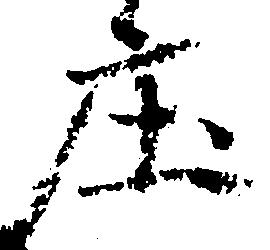
庄